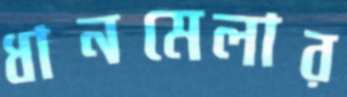
ধানমেলার